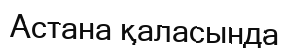
Астана қаласында